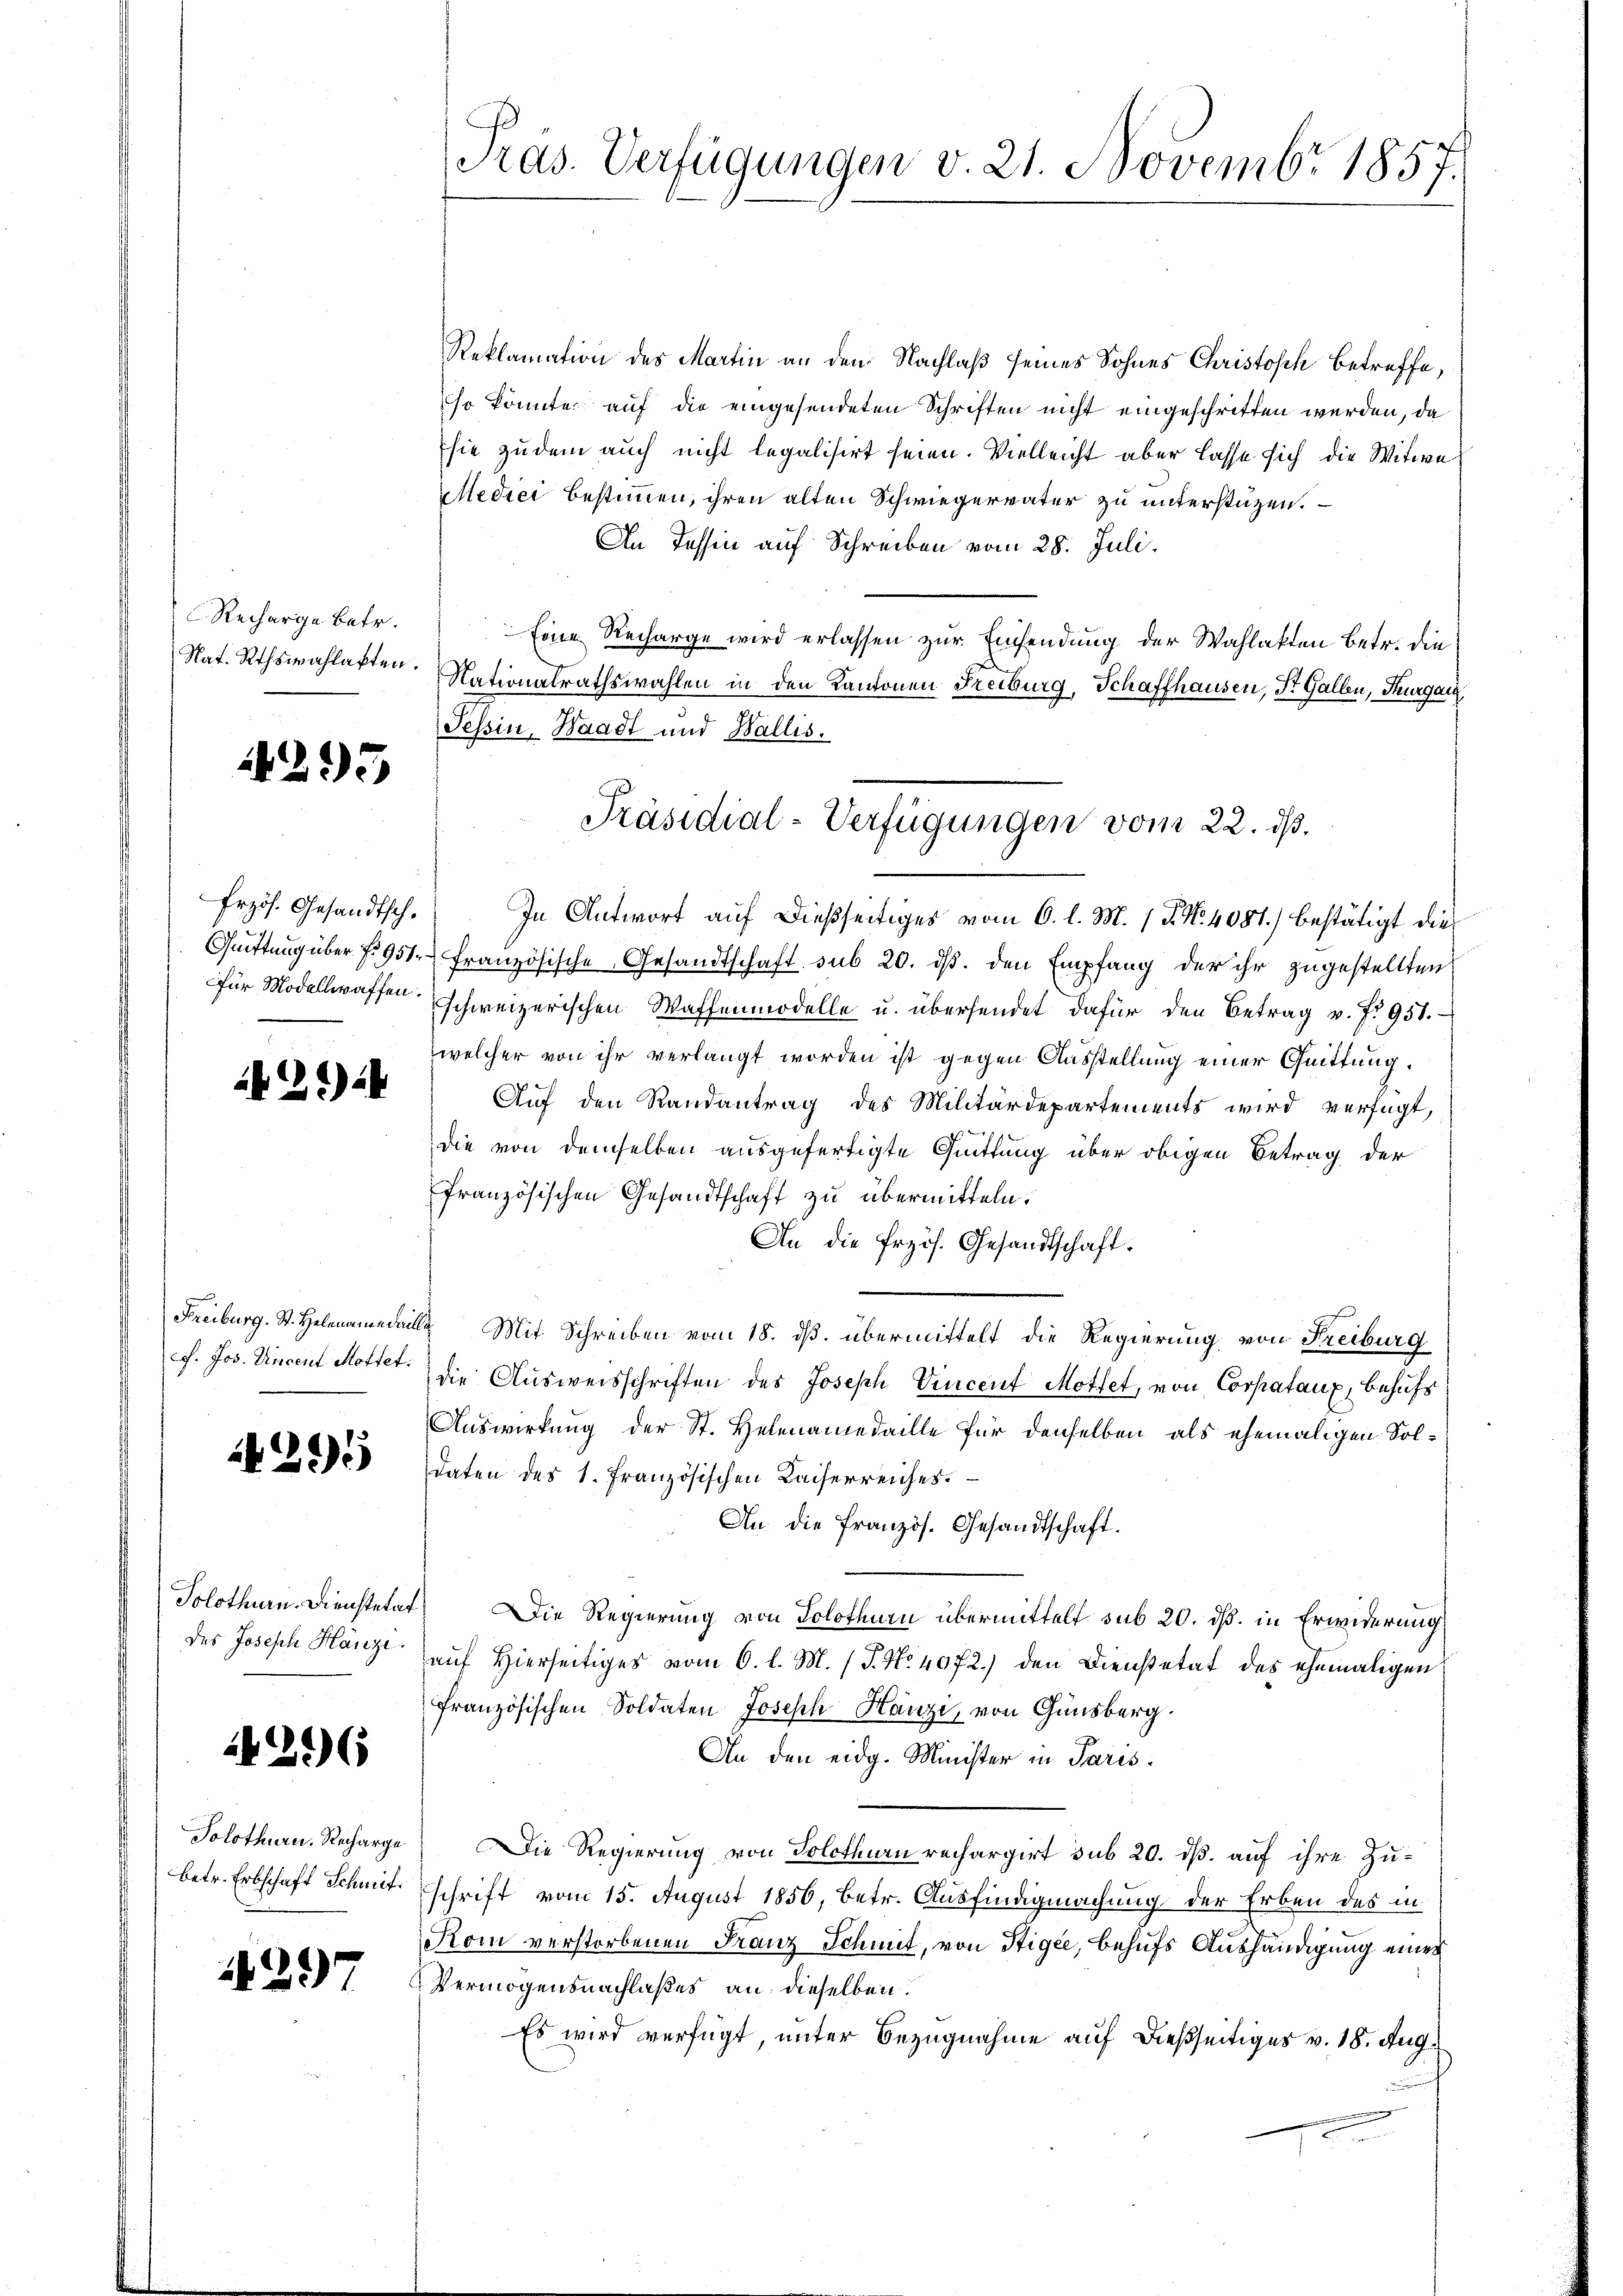
Recharge betr.
Nat. Rthswahlakten.

4295

Erzös. Gesandtsch.

42.)

f. Jos. Vincent Mottet.

295

Solothurn. Dienstete
des Joseph Hänzi

1296

Solothurn. Recharge
betr. Erbschaft Schmit¬

4297

Präs. Verfügungen v. 21. Novembr 1857.

Reklamation des Martin an den Nachlaß seines Sohnes Christoph betreffe,
so könnte auf die eingesendeten Schriften nicht eingeschritten werden, da
sie zudem auch nicht legalisirt seien. Vielleicht aber lasse sich die Witwe
Medici bestimmen, ihren alten Schwiegervater zu unterstützen.
An Tessin auf Schreiben vom 28. Juli.
Eine Recharge wird erlassen zur Einsendung der Wahlakten Betr. die
Nationalrathswahlen in den Kantonen Freiburg, Schaffhausen, Dr. Gallen, Thurgau,
Tessin, Waadt und Wallis.
In Antwort auf dießseitiges vom 6. l. M. 1. P. N. 4081) bestätigt dies
Quittung über f. 951 französische Gesandtschaft sub 20. ds. den Empfang der ihr zugestellten
für Modellwaffen schweizerischen Waffenmodelle u. übersendet dafür den Betrag v. fr. 951.
welcher von ihr verlangt worden ist gegen Ausstellung einer Quittung.
Auf den Randantrag des Militärdepartements wird verfügt,
die von demselben ausgefertigte Quittung über obigen Betrag der
französischen Gesandtschaft zu übermitteln.
An die frzös. Gesandtschaft.
Freiburg. St. Helenamedaille Mit Schreiben vom 18. ds. übermittelt die Regierung von Freiburg
die Ausweisschriften des Joseph Vincent Mottet, von Corpataux, behufs
Auswirkung der St. Helenamedaille für denselben als ehemaligen Soldaten des 1. Französischen Kaiserreiches.
An die französ. Gesandtschaft.
) Die Regierung von Solothurn übermittelt sub 20. dß. in Erwiderung
auf Hierseitiges vom 6. l. M. (T. No 4072.) den Dienstetat des ehemaligen
französischen Soldaten Joseph Hanzi, von Ginsberg.
An den eidg. Minister in Paris
Die Regierung von Solothurn rechargirt sub 20. dß. auf ihre Zu-
schrift vom 15. August 1856, betr. Ausfindigmachung der Erben des in
Kom verstorbenen Franz Schmit, von Stigee, behufs Aushändigung eines
Vermögensnachlaßes an dieselben.
Es wird verfügt, unter Bezugnahme auf dießseitiges v. 18. Aug.

Präsidial-Verfügungen vom 22. ds.